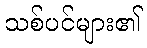
သစ်ပင်များ၏